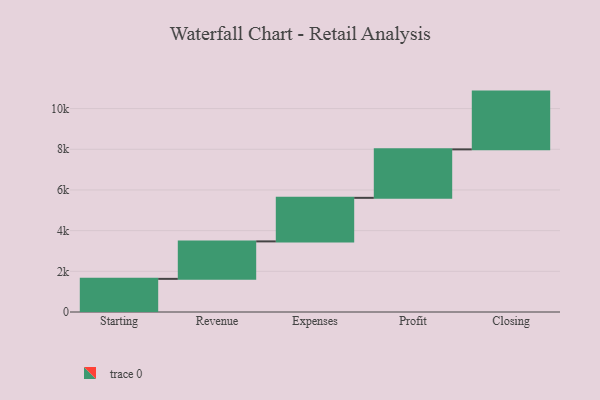
{"axis": {"x": "Step", "y": "Value"}, "legend": [""], "data": [{"x": "Starting", "y": 1629.0, "type": ""}, {"x": "Revenue", "y": 1842.0, "type": ""}, {"x": "Expenses", "y": 2141.0, "type": ""}, {"x": "Profit", "y": 2383.0, "type": ""}, {"x": "Closing", "y": 2840.0, "type": ""}]}